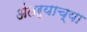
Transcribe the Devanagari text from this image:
अंतऱ्याच्या